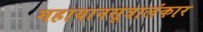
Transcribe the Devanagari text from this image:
महायानसूत्रालंकार